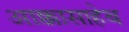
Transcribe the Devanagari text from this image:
आक्कासाहेब